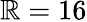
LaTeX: \mathbb{R}=16